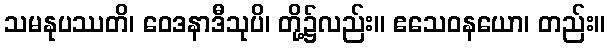
သမနုပဿတိ၊ ဝေဒနာဒီသုပိ၊ တို့၌လည်း။ ဧသေဝနယော၊ တည်း။